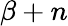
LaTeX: \beta+n